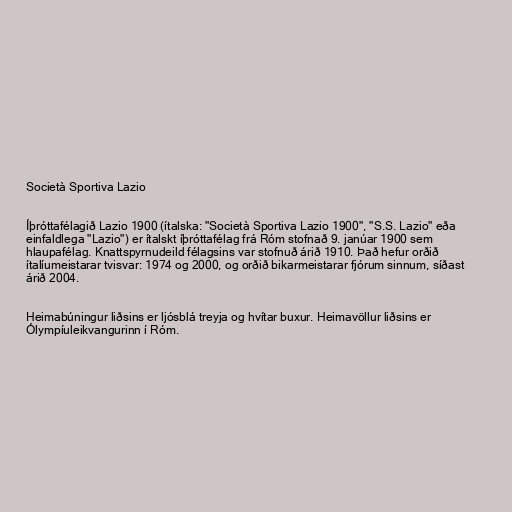
Società Sportiva Lazio

Íþróttafélagið Lazio 1900 (ítalska: "Società Sportiva Lazio 1900", "S.S. Lazio" eða
einfaldlega "Lazio") er ítalskt íþróttafélag frá Róm stofnað 9. janúar 1900 sem
hlaupafélag. Knattspyrnudeild félagsins var stofnuð árið 1910. Það hefur orðið
ítalíumeistarar tvisvar: 1974 og 2000, og orðið bikarmeistarar fjórum sinnum, síðast
árið 2004.

Heimabúningur liðsins er ljósblá treyja og hvítar buxur. Heimavöllur liðsins er
Ólympíuleikvangurinn í Róm.